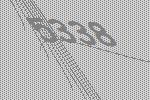
5338